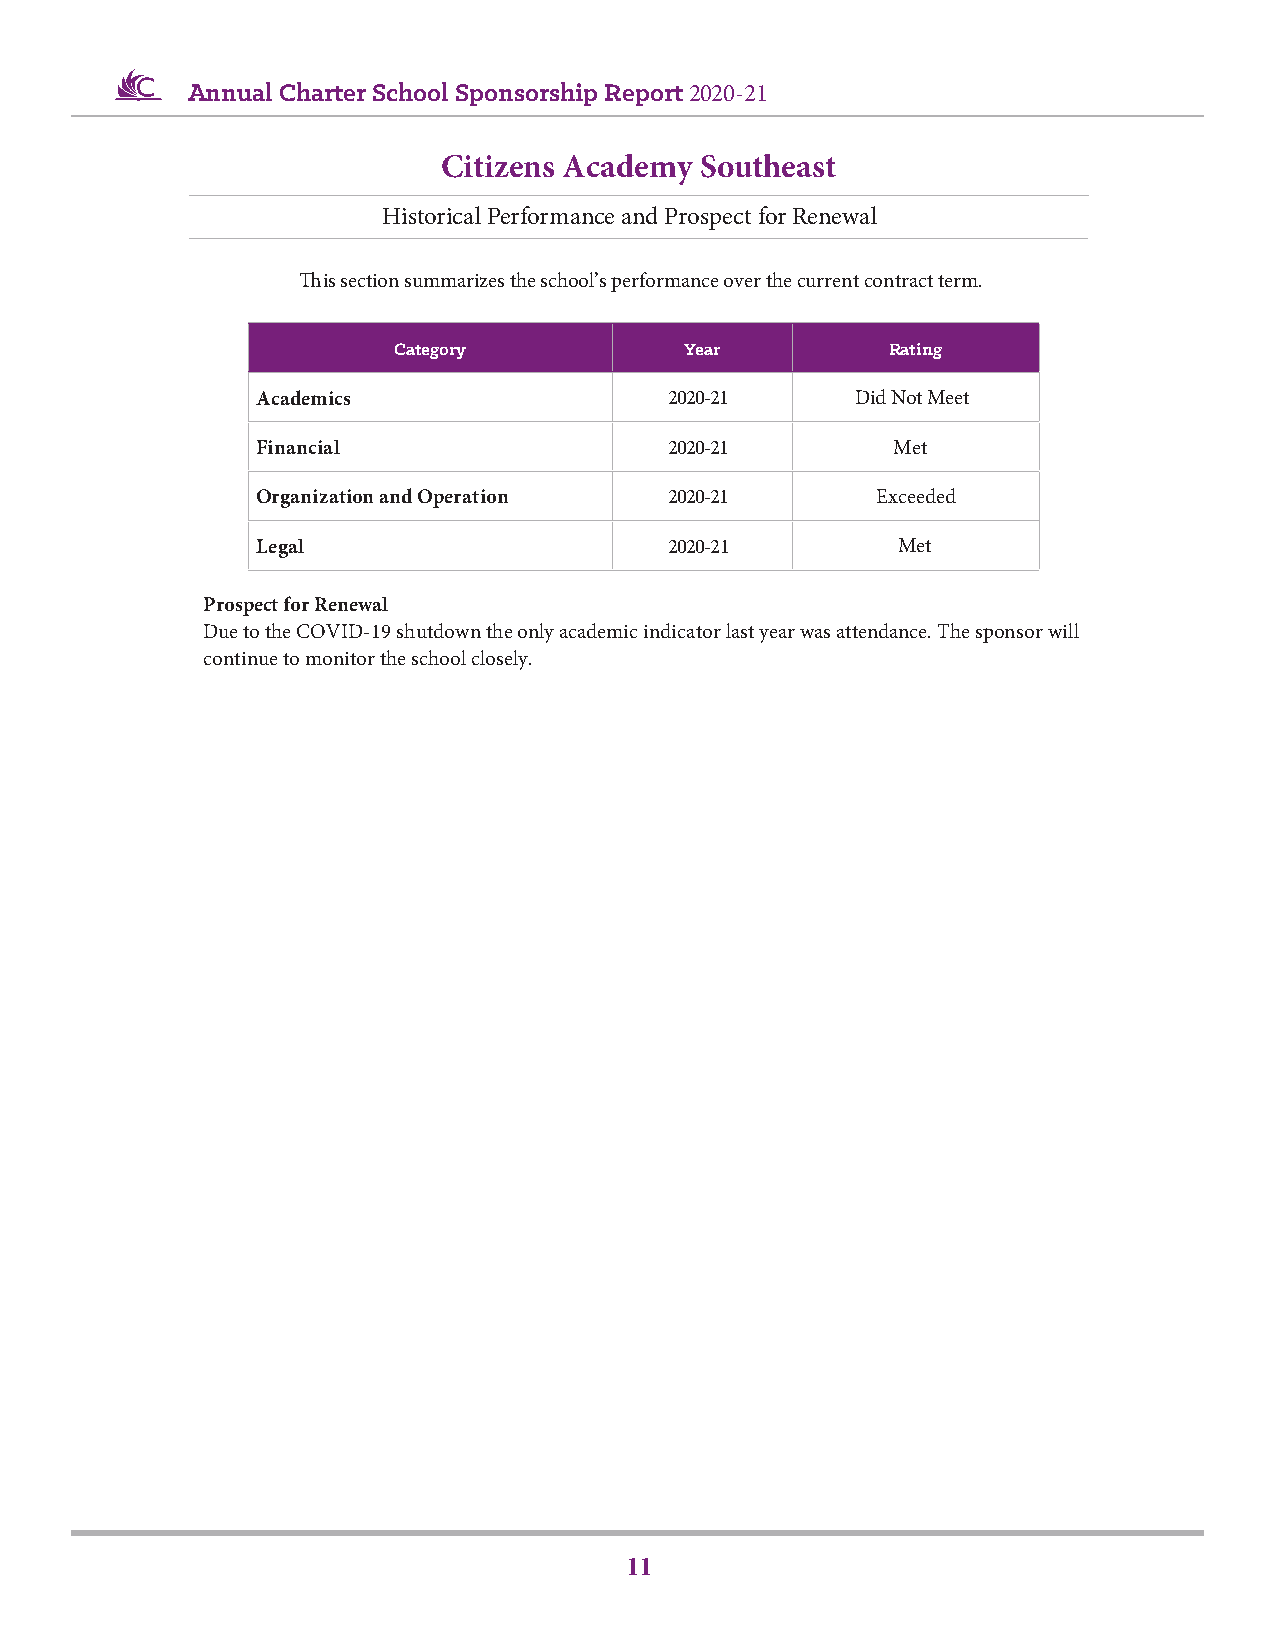
Annual Charter School Sponsorship Report 2020-21
 Citizens Academy Southeast
 Historical Performance and Prospect for Renewal
 This section summarizes the school’s performance over the current contract term.
 Category           Year          Rating
 Academics                  2020-21      Did Not Meet
 Financial                  2020-21        Met
 Organization and Operation 2020-21       Exceeded
 Legal                      2020-21        Met
 Prospect for Renewal
 Due to the COVID-19 shutdown the only academic indicator last year was attendance. The sponsor will
 continue to monitor the school closely.
 11